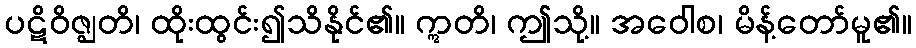
ပဋိဝိဇ္ဈတိ၊ ထိုးထွင်း၍သိနိုင်၏။ ဣတိ၊ ဤသို့။ အဝေါစ၊ မိန့်တော်မူ၏။